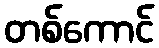
တစ်ကောင်